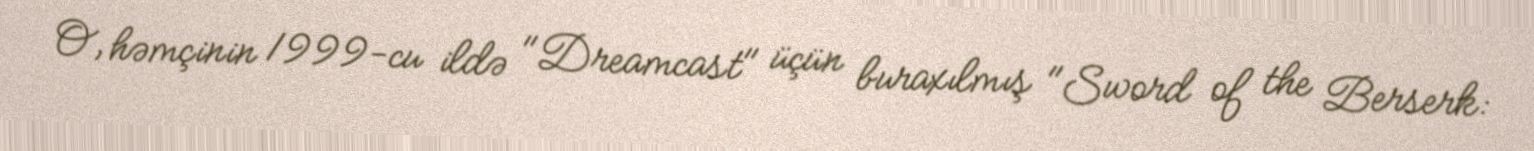
O, həmçinin 1999-cu ildə "Dreamcast" üçün buraxılmış "Sword of the Berserk: